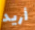
أريد